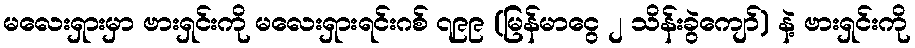
မလေးရှားမှာ ဗားရှင်းကို မလေးရှားရင်းဂစ် ၇၉၉ (မြန်မာငွေ ၂ သိန်းခွဲကျော်) နဲ့ ဗားရှင်းကို